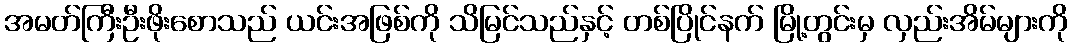
အမတ်ကြီးဦးဖိုးစောသည် ယင်းအဖြစ်ကို သိမြင်သည်နှင့် တစ်ပြိုင်နက် မြို့တွင်းမှ လှည်းအိမ်များကို